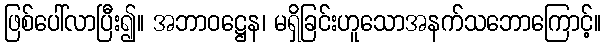
ဖြစ်ပေါ်လာပြီး၍။ အဘာဝဋ္ဌေန၊ မရှိခြင်းဟူသောအနက်သဘောကြောင့်။